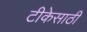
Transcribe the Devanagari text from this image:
टीकेसाठी